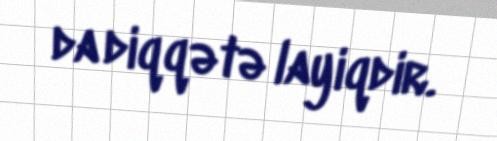
da diqqətə layiqdir.